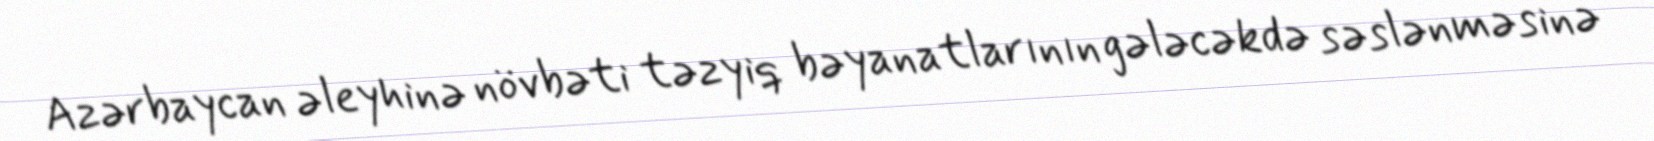
Azərbaycan əleyhinə növbəti təzyiq bəyanatlarının gələcəkdə səslənməsinə